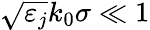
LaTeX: \sqrt{\varepsilon_{j}}k_{0}\sigma\ll 1